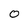
Character: 0